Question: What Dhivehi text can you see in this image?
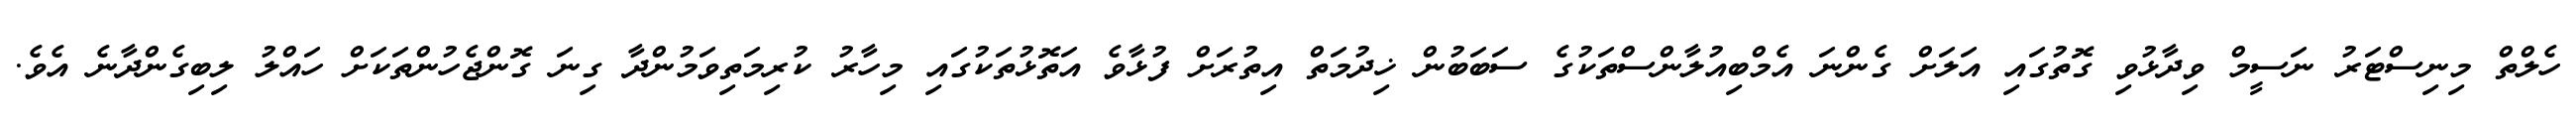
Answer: ހެލްތް މިނިސްޓަރު ނަސީމް ވިދާޅުވި ގޮތުގައި އަލަށް ގެންނަ އެމްބިއުލާންސްތަކުގެ ސަބަބުން ޚިދުމަތް އިތުރަށް ފުޅާވެ އަތޮޅުތަކުގައި މިހާރު ކުރިމަތިވަމުންދާ ގިނަ ގޮންޖެހުންތަކަށް ހައްލު ލިބިގެންދާނެ އެވެ.